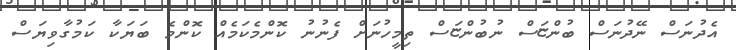
އެދުނަސް ނޭދުނަސް ބުންޏަސް ނުބުންޏަސް ތިމީހުނަށް ފެނުނު ކޮންމެކަމެއް ކޮންމެ ބަޔަކާ ކަމުގާވިޔަސް